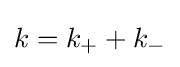
k=k_{+}+k_{-}